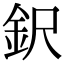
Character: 鈬